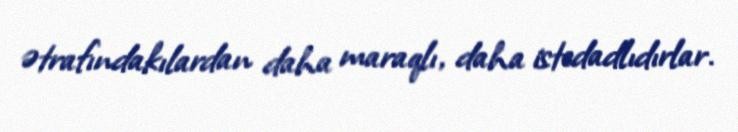
ətrafındakılardan daha maraqlı, daha istedadlıdırlar.